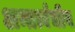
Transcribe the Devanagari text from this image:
अन्तर्त्वचीय